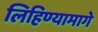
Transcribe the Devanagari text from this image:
लिहिण्यामागे